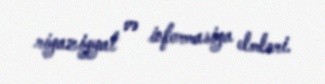
riyaziyyat və informasiya elmləri.